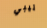
تيبي